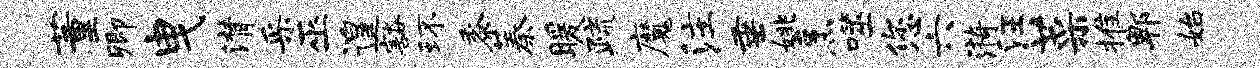
董卿曳潸采巫遑豁环黍蓁暖疏魔注垂姚烹噬您六漪汪菜推郫始